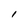
Character: l